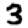
Digit: 3